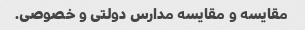
مقایسه و مقایسه مدارس دولتی و خصوصی.